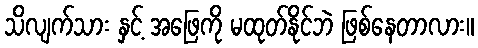
သိလျက်သား နှင့် အဖြေကို မထုတ်နိုင်ဘဲ ဖြစ်နေတာလား။